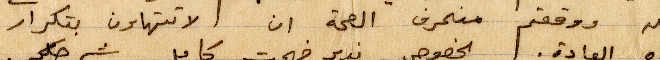
الله ووقعتم منحرف الصحة ان لا تتهاون بتكرار